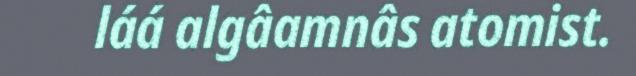
láá algâamnâs atomist.